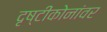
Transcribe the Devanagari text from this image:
दृष्टीकोनांवर